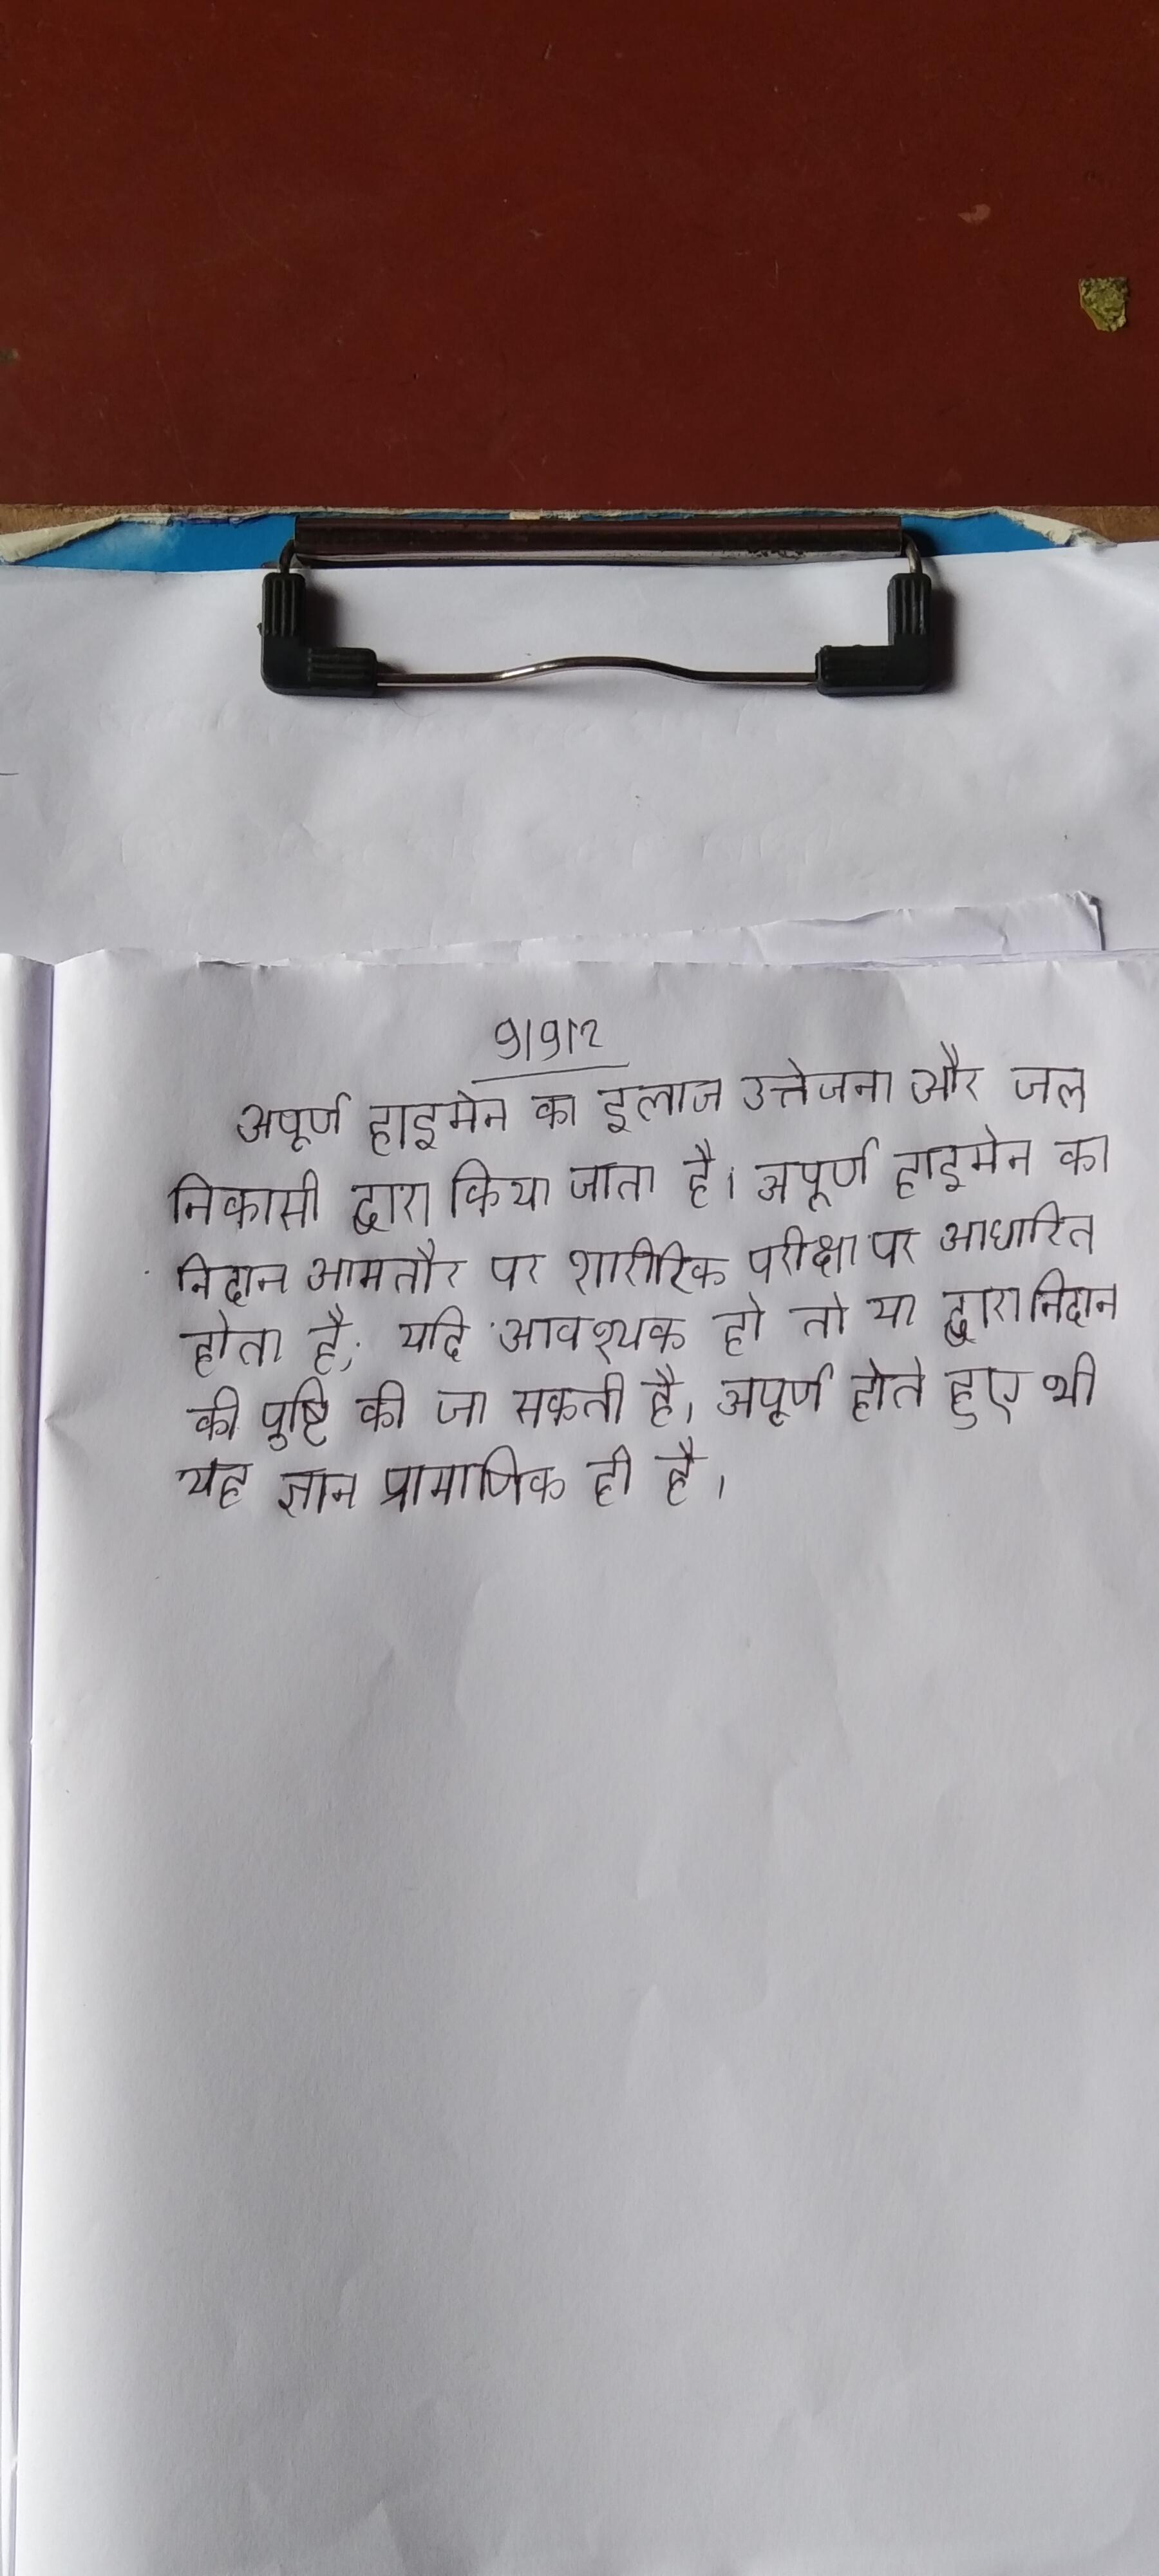
अपूर्ण हाइमेन का इलाज उत्तेजना और जल निकासी द्वारा किया जाता है । अपूर्ण हाइमेन का निदान आमतौर पर शारीरिक परीक्षा पर आधारित होता है, यदि आवश्यक हो तो या द्वारा निदान की पुष्टि की जा सकती है । अपूर्ण होते हुए भी यह ज्ञान प्रामाणिक ही है ।